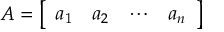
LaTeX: A = { \left[ \begin{array} { l l l l } { a _ { 1 } } & { a _ { 2 } } & { \cdots } & { a _ { n } } \end{array} \right] }